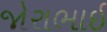
જોરાભાઈ